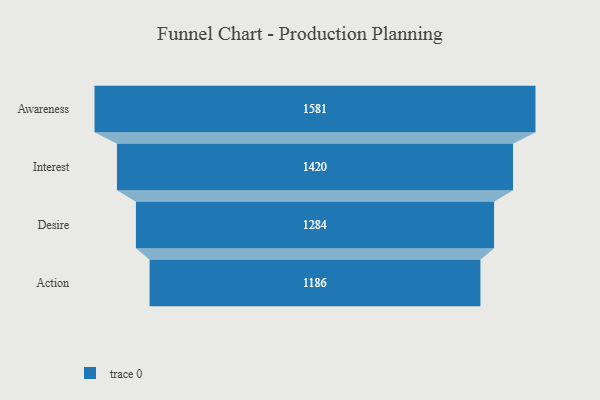
{"axis": {"x": "Stage", "y": "Value"}, "legend": [""], "data": [{"x": "Awareness", "y": 1581.0, "type": ""}, {"x": "Interest", "y": 1420.0, "type": ""}, {"x": "Desire", "y": 1284.0, "type": ""}, {"x": "Action", "y": 1186.0, "type": ""}]}